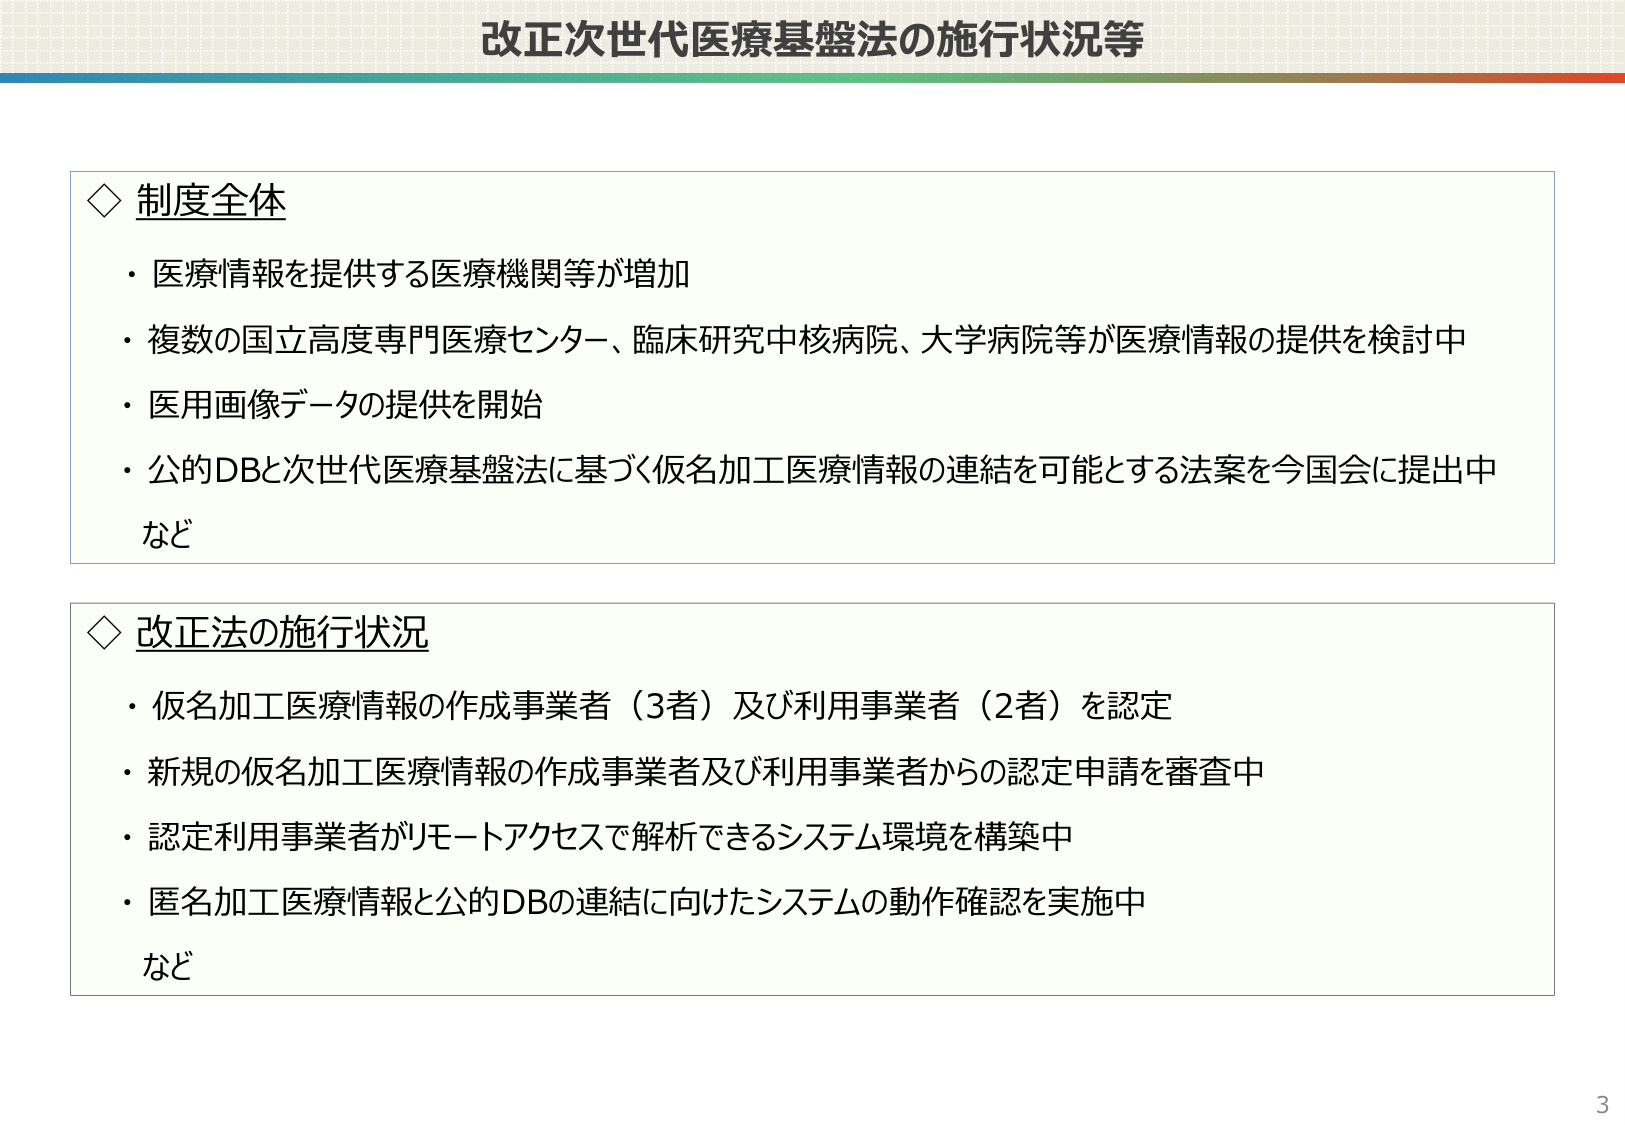
改正次世代医療基盤法の施行状況等

◇ 制度全体
・医療情報を提供する医療機関等が増加
・複数の国立高度専門医療センター、臨床研究中核病院、大学病院等が医療情報の提供を検討中
・医用画像データの提供を開始
・公的DBと次世代医療基盤法に基づく仮名加工医療情報の連結を可能とする法案を今国会に提出中
など

◇ 改正法の施行状況
・仮名加工医療情報の作成事業者（3者）及び利用事業者（2者）を認定
・新規の仮名加工医療情報の作成事業者及び利用事業者からの認定申請を審査中
・認定利用事業者がリモートアクセスで解析できるシステム環境を構築中
・匿名加工医療情報と公的DBの連結に向けたシステムの動作確認を実施中
など

3